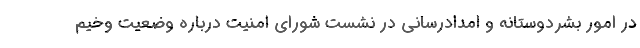
در امور بشردوستانه و امدادرسانی در نشست شورای امنیت درباره وضعیت وخیم